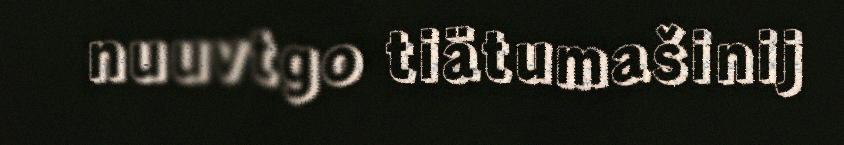
nuuvtgo tiätumašinij